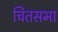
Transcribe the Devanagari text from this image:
चितसभा